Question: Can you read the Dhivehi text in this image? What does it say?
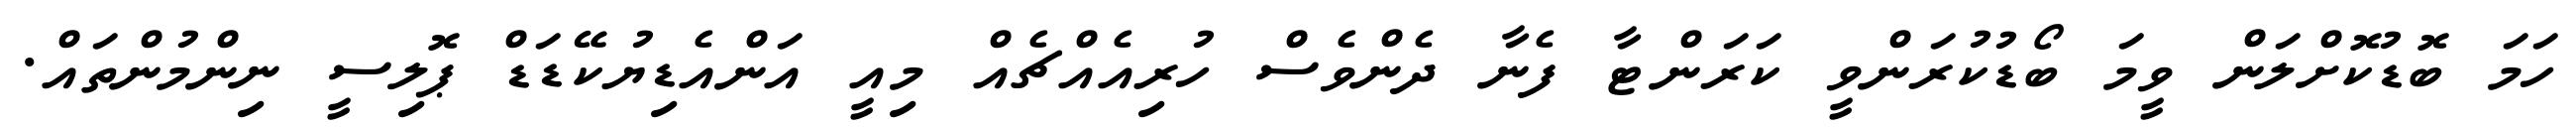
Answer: ހަމަ ބޮޑުކޮށްލަން ވީމަ ބޯޑުކުރަންވީ ކަރަންޓާ ފެނާ ދެންވެސް ހުރިއެއްޗެއް މިއީ އަންއެޑިޔުކޭޑަޑް ޕޮލިސީ ނިންމުންތައް.